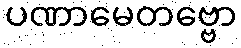
ပဏာမေတဗ္ဗော